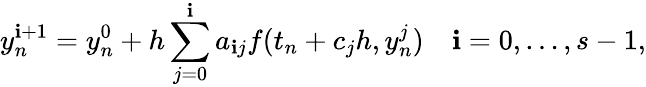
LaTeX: y_{n}^{\mathbf{i}+1}=y_{n}^{0}+h\sum_{j=0}^{\mathbf{i}}a_{\mathbf{i}j}f(t_{n}+c_{j}h,y_{n}^{j})\quad\mathbf{i}=0,\dots,s-1,